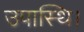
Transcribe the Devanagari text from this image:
उपास्थि।